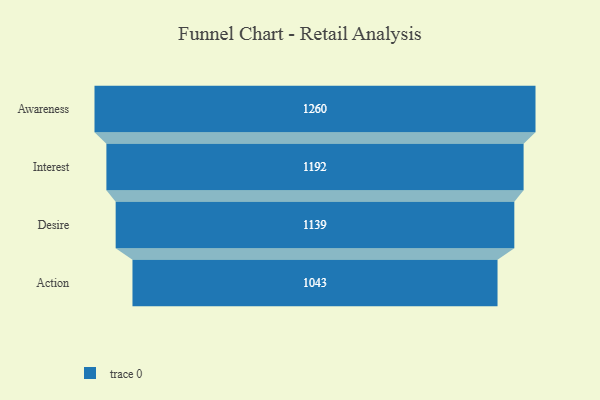
{"axis": {"x": "Stage", "y": "Value"}, "legend": [""], "data": [{"x": "Awareness", "y": 1260.0, "type": ""}, {"x": "Interest", "y": 1192.0, "type": ""}, {"x": "Desire", "y": 1139.0, "type": ""}, {"x": "Action", "y": 1043.0, "type": ""}]}